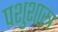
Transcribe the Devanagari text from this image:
पशुशास्त्र